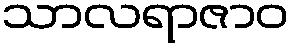
သာလရာဇာဝ